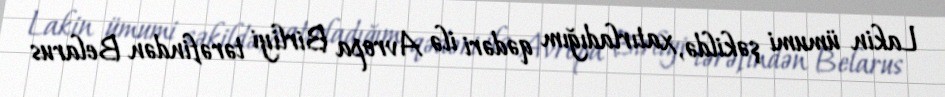
Lakin ümumi şəkildə, xatırladığım qədəri ilə Avropa Birliyi tərəfindən Belarus